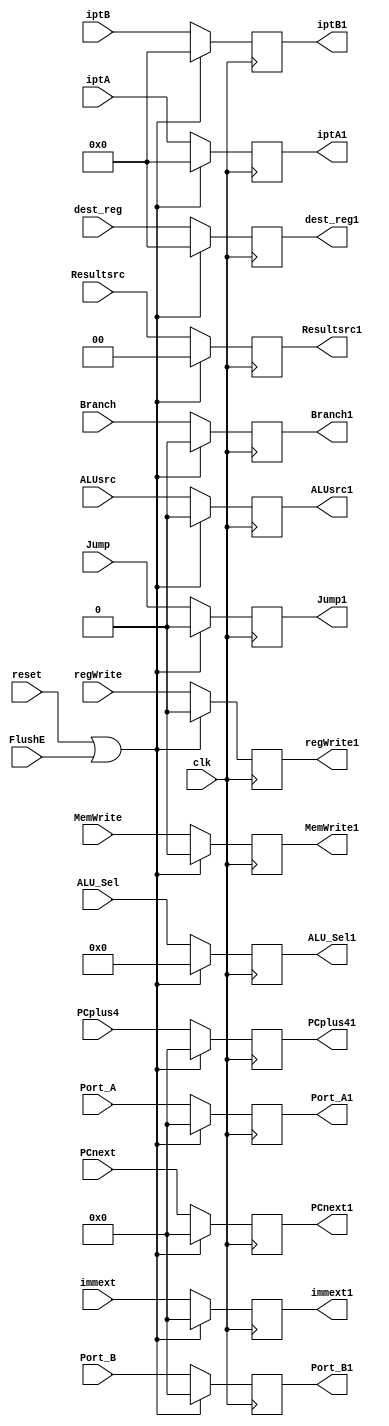
// Code your design here
module reg2(output reg [31:0] PCplus41,PCnext1,immext1,Port_A1, Port_B1, 
            output reg [4:0]dest_reg1, 
            output reg regWrite1, ALUsrc1, MemWrite1, Branch1, Jump1,
            output reg [3:0]ALU_Sel1, 
            output reg [1:0]Resultsrc1,
            output reg [4:0]iptA1,iptB1,
            
            input [31:0] PCplus4,PCnext,immext,Port_A, Port_B, 
            input [4:0]dest_reg, 
            input reset,clk, 
            input regWrite, ALUsrc, MemWrite, Branch, Jump,
            input [3:0]ALU_Sel,
            input [1:0]Resultsrc,
            input [4:0] iptA,iptB,
           input FlushE);


always@(posedge clk) begin
    if (reset || FlushE) begin
      PCplus41=0;
      PCnext1=0;
      immext1=0;
      Port_A1=0;
      Port_B1=0;
      dest_reg1=0;
      regWrite1=0;
      ALUsrc1=0;
      MemWrite1=0;
      Branch1=0;
      Jump1=0;
      ALU_Sel1=0;
      Resultsrc1=0;
      iptA1=0;
      iptB1=0;
    end    else begin
      Branch1=Branch;
      Jump1=Jump;
      ALU_Sel1=ALU_Sel;
      Resultsrc1=Resultsrc;
      PCplus41=PCplus4;
      PCnext1=PCnext;
      immext1=immext;
      Port_A1=Port_A;
      Port_B1=Port_B;
      
      dest_reg1=dest_reg;
      
      regWrite1=regWrite;
      ALUsrc1=ALUsrc;
      MemWrite1=MemWrite;
  	  
      iptA1=iptA;
  	  iptB1=iptB;
    end
end
  
endmodule